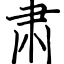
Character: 肃